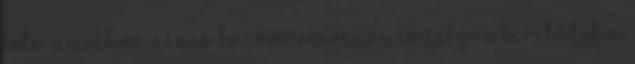
bele. Azokhoz nincs közöm. Reevenre és Sebyre terelődik a